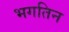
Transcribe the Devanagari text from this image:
भगतिन